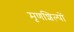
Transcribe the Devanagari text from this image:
मृणशिल्पों